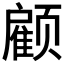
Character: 𮸹